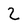
Character: 2